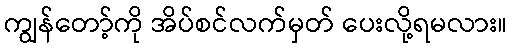
ကျွန်တော့်ကို အိပ်စင်လက်မှတ် ပေးလို့ရမလား။